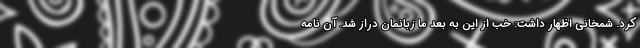
کرد. شمخانی اظهار داشت: خب از این به بعد ما زبانمان دراز شد. آن نامه